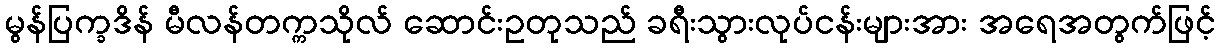
မွန်ပြက္ခဒိန် မီလန်တက္ကသိုလ် ဆောင်းဥတုသည် ခရီးသွားလုပ်ငန်းများအား အရေအတွက်ဖြင့်